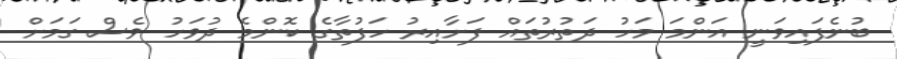
ބުނެފައިވަނީ އަންމަ މަހު ދަތުރުތައް ފަށާއިރު ހަފުތާގެ ކޮންމެ ދުވަހު ވެސް ގަމަށް